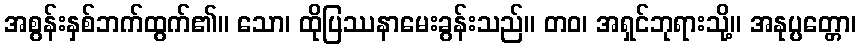
အစွန်းနှစ်ဘက်ထွက်၏။ သော၊ ထိုပြဿနာမေးခွန်းသည်။ တဝ၊ အရှင်ဘုရားသို့။ အနုပ္ပတ္တော၊